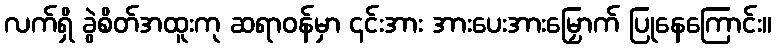
လက်ရှိ ခွဲစိတ်အထူးကု ဆရာဝန်မှာ ၎င်းအား အားပေးအားမြှောက် ပြုနေကြောင်း။